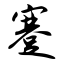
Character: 蹇